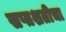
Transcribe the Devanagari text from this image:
सप्तशतीचा